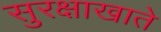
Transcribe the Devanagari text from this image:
सुरक्षाखाते